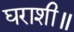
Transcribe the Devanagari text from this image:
घराशी॥